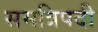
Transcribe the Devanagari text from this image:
समत्रिपदी